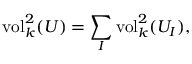
{ \mathrm { v o l } } _ { k } ^ { 2 } ( U ) = \sum _ { I } { \mathrm { v o l } } _ { k } ^ { 2 } ( U _ { I } ) ,